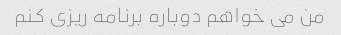
من می خواهم دوباره برنامه ریزی کنم